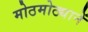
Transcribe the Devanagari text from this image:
मोठमोठ्यानें